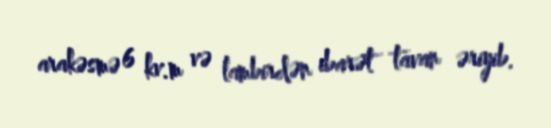
arakəsmə 6 kv.m və lambirdən ibarət tavan əriyib.